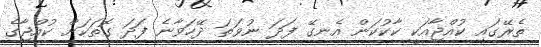
ތެރޭގައި ކުއްޖާއަކީ ކާކުކަން އެނގޭ ފަދަ ނުވަތަ ދޭހަވާނެ ފަދަ ގޮތަކަށް ކުއްޖާގެ